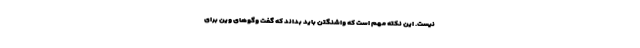
نیست. این نکته مهم است که واشنگتن باید بداند که گفت وگوهای وین برای